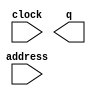
module drom32 (
	address,
	clock,
	q);

	input	[11:0]  address;
	input	  clock;
	output	[31:0]  q;
`ifndef ALTERA_RESERVED_QIS
// synopsys translate_off
`endif
	tri1	  clock;
`ifndef ALTERA_RESERVED_QIS
// synopsys translate_on
`endif

endmodule